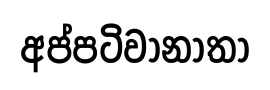
අප්පටිවානාතා